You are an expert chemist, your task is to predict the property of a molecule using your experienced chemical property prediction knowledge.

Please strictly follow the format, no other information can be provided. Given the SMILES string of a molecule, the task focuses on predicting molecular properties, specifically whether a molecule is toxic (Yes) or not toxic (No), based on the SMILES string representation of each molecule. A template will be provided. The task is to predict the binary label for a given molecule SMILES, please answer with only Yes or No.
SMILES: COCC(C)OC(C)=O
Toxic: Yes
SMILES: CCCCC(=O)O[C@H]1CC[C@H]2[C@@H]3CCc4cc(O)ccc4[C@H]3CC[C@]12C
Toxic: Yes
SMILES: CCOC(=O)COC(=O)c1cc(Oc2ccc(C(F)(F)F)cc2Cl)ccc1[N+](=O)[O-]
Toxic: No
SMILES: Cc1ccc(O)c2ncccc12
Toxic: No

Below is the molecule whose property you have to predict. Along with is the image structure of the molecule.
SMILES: C=CCCC(=O)/C=C/C1C(C)=CCCC1(C)C
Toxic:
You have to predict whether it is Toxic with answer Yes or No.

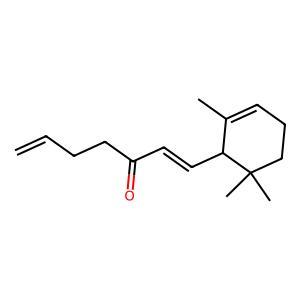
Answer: No